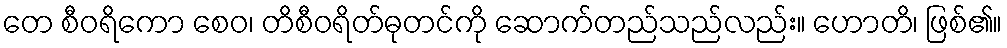
တေ စီဝရိကော စေဝ၊ တိစီဝရိတ်ဓုတင်ကို ဆောက်တည်သည်လည်း။ ဟောတိ၊ ဖြစ်၏။